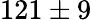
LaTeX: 121\pm 9